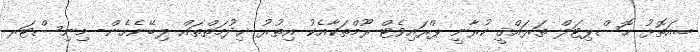
ބ.އަތޮޅު ހޮސްޕިޓަލް ތަރައްޤީ ކުރާނީ ޕްރައިވެޓް ރޫމްތަކާއެކު އިތުރު ޚިދުމަތްތައް ލިބޭނެހެން- މިނިސްޓަރ